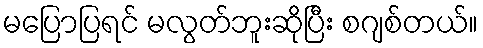
မပြောပြရင် မလွတ်ဘူးဆိုပြီး စဂျစ်တယ်။